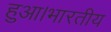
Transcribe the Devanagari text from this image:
हुआ।भारतीय